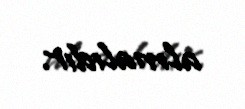
almalıdır.